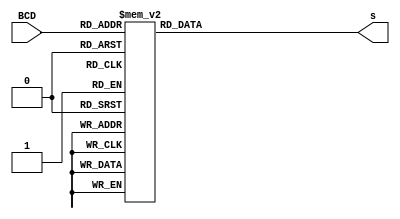
module bcd_to_7seg
(input [3:0] BCD, output reg [7:0] s);
        always @ (BCD)
        begin
                case (BCD)
                        0:      s = 8'b10001000;
                        1:      s = 8'b11101101;
                        2:      s = 8'b10100010;
                        3:      s = 8'b10100100;
                        4:      s = 8'b11000101;
                        5:      s = 8'b10010100;
                        6:      s = 8'b10010000;
                        7:      s = 8'b10101101;
                        8:      s = 8'b10000000;
                        9:      s = 8'b10000100;
                        default:s = 8'b01111111;
                endcase
        end
endmodule